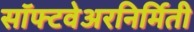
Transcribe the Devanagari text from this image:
सॉफ्टवेअरनिर्मिती